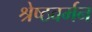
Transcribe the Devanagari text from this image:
श्रेष्ठवर्मन